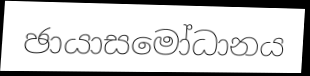
ඡායාසමෝධානය